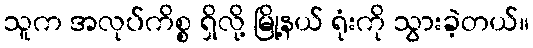
သူက အလုပ်ကိစ္စ ရှိလို့ မြို့နယ် ရုံးကို သွားခဲ့တယ်။